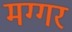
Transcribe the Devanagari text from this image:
मग्गर